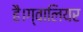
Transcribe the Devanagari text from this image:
है।ग्वालियर